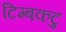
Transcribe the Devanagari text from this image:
टिम्बकटु